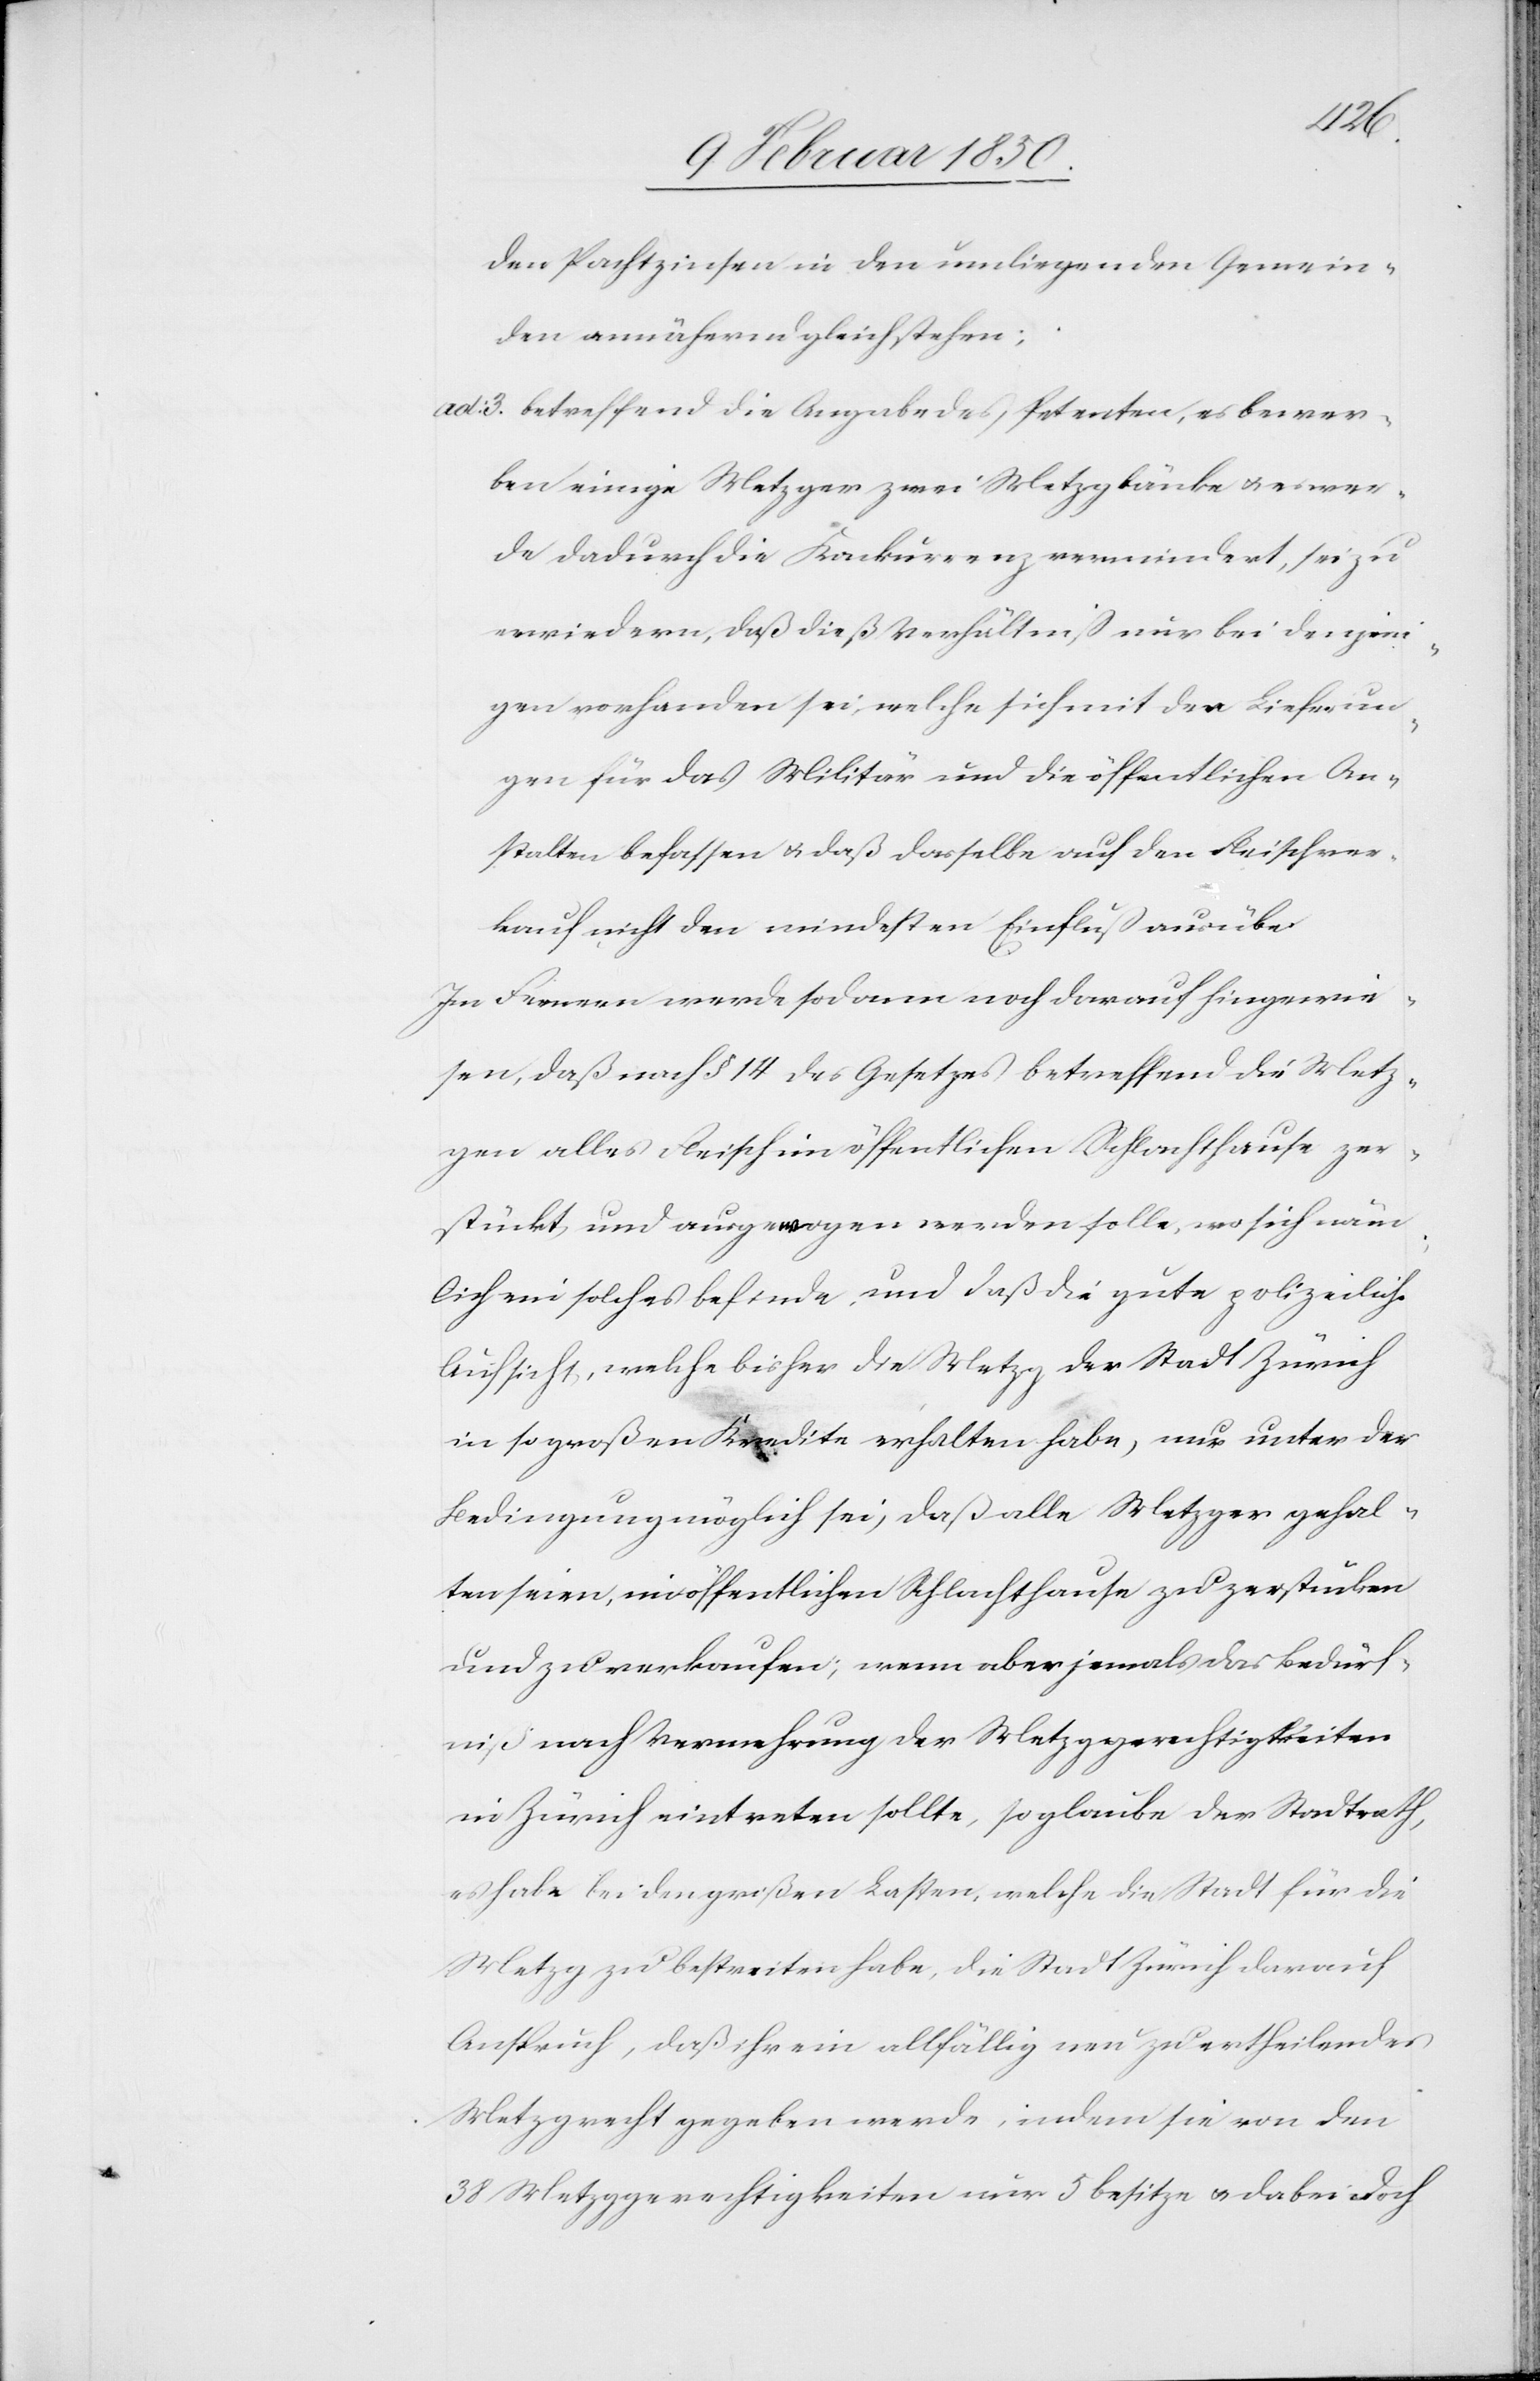
den Pachtzinsen in den umliegenden Gemein¬
den annähernd gleichstehen;
ad. 3. betreffend die Angabe des Petenten, es bewer¬
ben einige Metzger zwei Metzgbänke u. es wer¬
de dadurch die Konkurrenz vermindert, sei zu
erwiedern, daß dieß Verhältniß nur bei denjeni¬
gen vorhanden sei, welche sich mit den Lieferun¬
gen für das Militär und die öffentlichen An¬
stalten befassen u. daß dasselbe auf den Fleischver¬
kauf nicht den mindesten Einfluß ausübe.
Im Fernern werde sodann noch darauf hingewie¬
sen, daß nach § 14 des Gesetzes betreffend die Metz¬
gen alles Fleisch im öffentlichen Schlachthause zer¬
stückt und ausgewogen werden solle, wo sich näm¬
lich ein solches befinde, und daß die gute polizeiliche
Aufsicht, welche bisher die Metzg der Stadt Zürich
in so großen Kredite erhalten habe, nur unter der
Bedingung möglich sei, daß alle Metzger gehal¬
ten seien, im öffentlichen Schlachthause zu zerstücken
und zu verkaufen; wenn aber jemals das Bedürf¬
niß nach Vermehrung der Metzggerechtigkeiten
in Zürich eintreten sollte, so glaube der Stadtrath,
es habe bei den großen Lasten, welche die Stadt für die
Metzg zu bestreiten habe, die Stadt Zürich darauf
Anspruch, daß ihr ein allfällig neu zu ertheilendes
Metzgrecht gegeben werde, indem sie von den
38 Metzggerechtigkeiten nur 5 besitze u. dabei doch